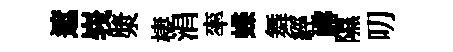
遮峩漿棲涓率蝶舞經嶰隰叨